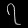
Digit: ၇